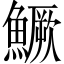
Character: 鱖